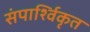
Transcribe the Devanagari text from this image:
संपार्श्विकृत